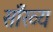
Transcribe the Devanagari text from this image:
साँख्य